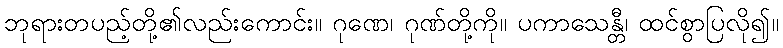
ဘုရားတပည့်တို့၏လည်းကောင်း။ ဂုဏေ၊ ဂုဏ်တို့ကို။ ပကာသေန္တီ၊ ထင်စွာပြလို၍။